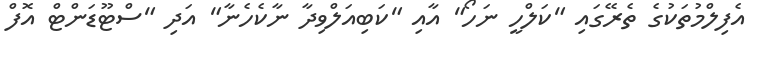
އެފިލްމުތަކުގެ ތެރޭގައި "ކަލްހީ ނަހޯ" އާއި "ކަބިއަލްވިދާ ނާކެހެނާ" އަދި "ސްޓޫޑަންޓް އޮފް